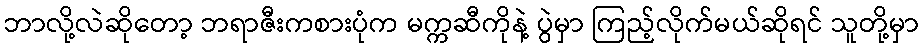
ဘာလို့လဲဆိုတော့ ဘရာဇီးကစားပုံက မက္ကဆီကိုနဲ့ ပွဲမှာ ကြည့်လိုက်မယ်ဆိုရင် သူတို့မှာ